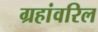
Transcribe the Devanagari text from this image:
ग्रहांवरिल